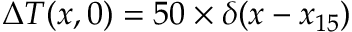
\Delta T ( x , 0 ) = 5 0 \times \delta ( x - x _ { 1 5 } )